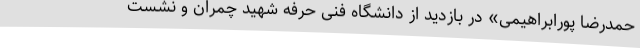
حمدرضا پورابراهیمی» در بازدید از دانشگاه فنی حرفه شهید چمران و نشست